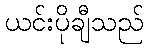
ယင်းပိုချီသည်